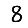
Digit: 8